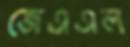
জেএএল